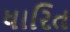
ધારિત